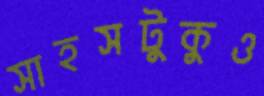
সাহসটুকুও